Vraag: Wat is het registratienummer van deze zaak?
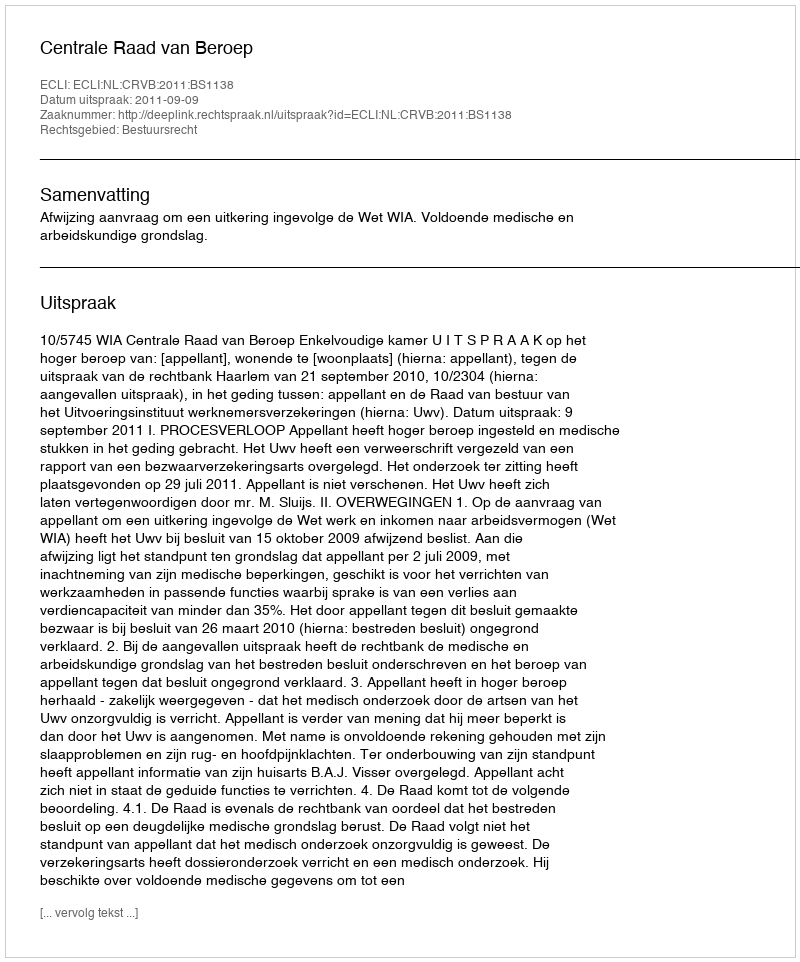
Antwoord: http://deeplink.rechtspraak.nl/uitspraak?id=ECLI:NL:CRVB:2011:BS1138